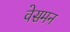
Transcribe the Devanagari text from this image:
वेसमन